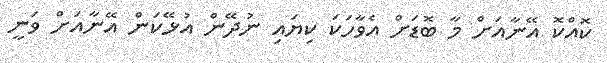
ކޮއްކޮ އޭނާއަށް މާ ބޮޑަށް އެވާހަކަ ކިޔައި ނުދޭން އުޅޭކަން އޭނާއަށް ވަނީ